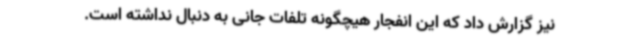
نیز گزارش داد که این انفجار هیچگونه تلفات جانی به دنبال نداشته است.